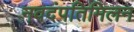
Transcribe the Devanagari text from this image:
नवदंपतिमिलन